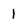
Character: 1